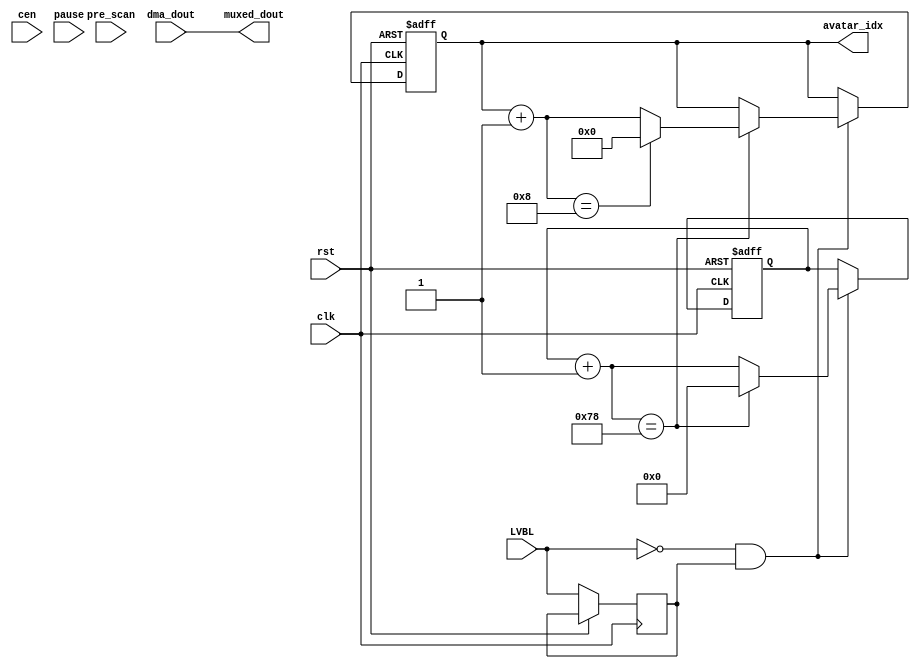
/*  This file is part of JT_GNG.
    JT_GNG program is free software: you can redistribute it and/or modify
    it under the terms of the GNU General Public License as published by
    the Free Software Foundation, either version 3 of the License, or
    (at your option) any later version.

    JT_GNG program is distributed in the hope that it will be useful,
    but WITHOUT ANY WARRANTY; without even the implied warranty of
    MERCHANTABILITY or FITNESS FOR A PARTICULAR PURPOSE.  See the
    GNU General Public License for more details.

    You should have received a copy of the GNU General Public License
    along with JT_GNG.  If not, see <http://www.gnu.org/licenses/>.

    Author: Jose Tejada Gomez. Twitter: @topapate
    Version: 1.0
    Date: 12-11-2019 */

module jtgng_avatar #(parameter
    VERTICAL    = 1,   // 1 if the game is vertical, 0 otherwise
    DW          = 8,   // Most games are 8-bit wide, Bionic Commando is 12-bit wide
    AVATAR_MAX  = 4'd8
) (
    input               rst,
    input               clk,
    (* direct_enable *) input cen,
    input               LVBL,
    input               pause,
    output  reg [ 3:0]  avatar_idx,
    // output data
    input      [   8:0] pre_scan,
    input      [DW-1:0] dma_dout,
    output reg [DW-1:0] muxed_dout
);

// Avatar counter is used in both MiST and MiSTer

wire [ 7:0] avatar_id;
reg  [ 7:0] avatar_data;
reg  [ 9:0] avatar_cnt = 0;
wire [ 9:0] avatar_next = avatar_cnt+10'd1;
localparam CNTMAX = 10'd2*10'd60;

// Each avatar is made of 9 sprites, which are ordered one after the other in memory
// the sprite ID is calculated by combining the current Avatar on display and the
// position inside the object buffer, which is virtual during avatar display

// multiples avatar_idx by 9 = x8+1
// wire [7:0] avatar_idx9 = { 1'd0, avatar_idx, 3'd0 } + {4'd0, avatar_idx};
// 
// always @(posedge clk)
//     avatar_id <= pre_scan[5:2] > 4'd8 ? 8'h63 :
//         ( {4'd0, pre_scan[5:2]} + avatar_idx9 );

wire [3:0] id_next =avatar_idx + 4'd1;
reg lastLVBL;
always @(posedge clk, posedge rst) 
    if( rst ) begin
        avatar_idx <= 4'd0;
        avatar_cnt <= 10'd0;
    end else begin
        lastLVBL <= LVBL;
        if( !LVBL && lastLVBL ) begin
            `ifndef SIMULATION
            if(avatar_next==CNTMAX) begin
                avatar_cnt <= 10'd0;
                avatar_idx <= id_next==AVATAR_MAX ? 4'd0 : id_next;
            end else begin
                avatar_cnt<= avatar_next;
            end
            `else 
            avatar_idx <= id_next==AVATAR_MAX ? 4'd0 : id_next;
            `endif
        end
    end

`ifdef MISTER
    // Avatar data output is always defined for MiSTer
    `define AVATAR_DATA
`endif

`ifdef AVATAR_DATA
jtframe_ram #(.aw(8), .synfile("avatar_obj.hex"),.cen_rd(1))u_avatars(
    .clk    ( clk           ),
    .cen    ( pause         ),  // tiny power saving when not in pause
    .data   ( 8'd0          ),
    .addr   ( {avatar_idx, pre_scan[5:2] } ),
    .we     ( 1'b0          ),
    .q      ( avatar_id     )
);

reg [7:0] avatar_y, avatar_x;

localparam [7:0] Y0 = VERTICAL ? 8'h70 : 8'hb8;
localparam [7:0] X0 = VERTICAL ? 8'h08 : 8'h68;


always @(*) begin
    if(pre_scan[8:6]==3'd0) begin
        case( pre_scan[5:2] )
            4'd0,4'd1,4'd2: avatar_y = Y0;
            4'd3,4'd4,4'd5: avatar_y = Y0 + 8'h10;
            4'd6,4'd7,4'd8: avatar_y = Y0 + 8'h20;
            default: avatar_y <= 8'hf8;
        endcase
        case( pre_scan[5:2] )
            4'd0,4'd3,4'd6: avatar_x = X0;
            4'd1,4'd4,4'd7: avatar_x = X0 + 8'h10;
            4'd2,4'd5,4'd8: avatar_x = X0 + 8'h20;
            default: avatar_x = 8'hf8;
        endcase
    end
    else begin
        avatar_y = 8'hf8;
        avatar_x = 8'hf8;
    end
end

always @(*) begin
    case( pre_scan[1:0] )
        2'd0: avatar_data <= avatar_id; // pre_scan[8:6]==3'd0 ? avatar_id : 8'hff;
        2'd1: avatar_data <= 8'd0;
        // avatar_id code 8'hff means blank sprite
        2'd2: avatar_data <= avatar_id==8'hff ? 8'hf0 : avatar_y;
        2'd3: avatar_data <= avatar_id==8'hff ? 8'hff : avatar_x;
    endcase
end

always @(*) begin
    muxed_dout <= pause ? { {DW-8{1'b0}}, avatar_data} : dma_dout;
end

`else 
always @(*) begin
    muxed_dout = dma_dout;
end
`endif

endmodule